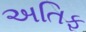
અતિફ